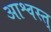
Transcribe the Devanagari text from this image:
आश्वस्त्